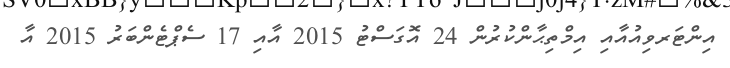
އިންޓަރވިއުއާއި އިމްތިޙާންކުރުން 24 އޮގަސްޓު 2015 އާއި 17 ސެޕްޓެންބަރު 2015 އާ